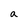
Character: a